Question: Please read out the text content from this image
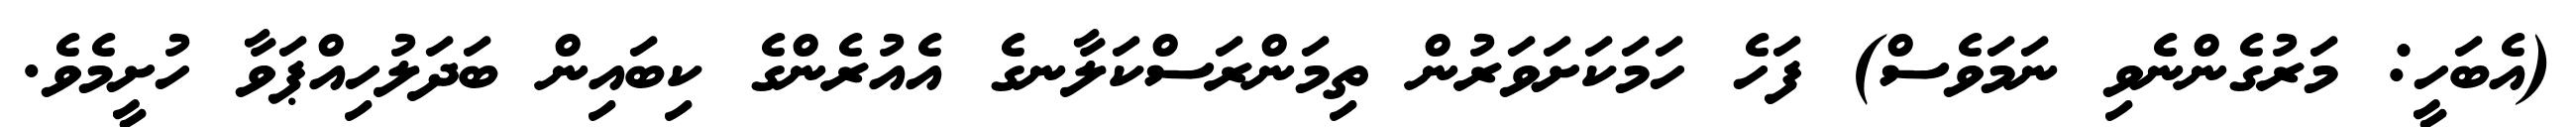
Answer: (އެބަހީ: މަރުގެންނެވި ނަމަވެސް) ފަހެ ހަމަކަށަވަރުން ތިމަންރަސްކަލާނގެ އެއުރެންގެ ކިބައިން ބަދަލުހިއްޕަވާ ހުށީމެވެ.